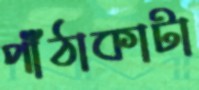
পাঁঠাকাটা